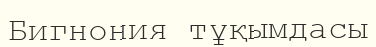
Бигнония тұқымдасы